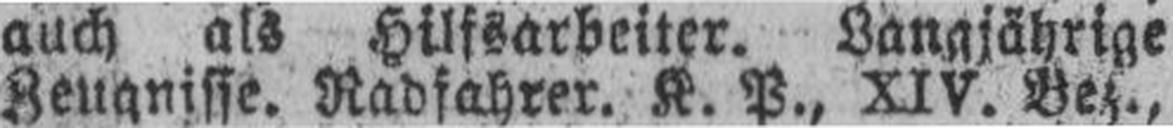
Zeugnisse. Radfahrer. K. P., XIV. Bez.,